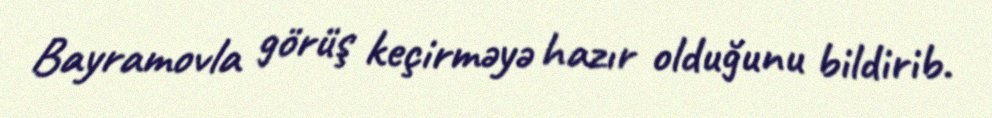
Bayramovla görüş keçirməyə hazır olduğunu bildirib.